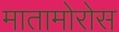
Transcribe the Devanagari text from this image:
मातामोरोस